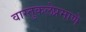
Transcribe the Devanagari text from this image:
वास्तुकलेप्रमाणे